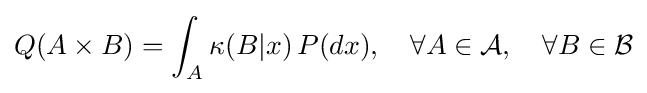
Q(A\times B)=\int _{A}\kappa (B|x)\,P(dx),\quad \forall A\in {\mathcal {A}},\quad \forall B\in {\mathcal {B}}